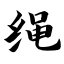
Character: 绳